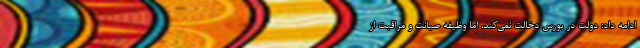
ادامه داد: دولت در بورس دخالت نمی‌کند، اما وظیفه صیانت و مراقبت از